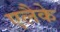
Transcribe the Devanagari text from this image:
एलैके